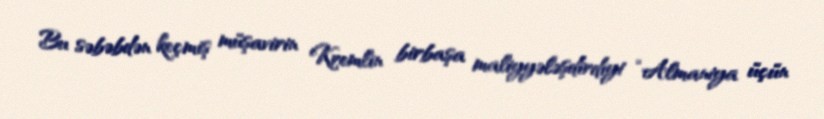
Bu səbəbdən keçmiş müşavirin Kremlin birbaşa maliyyələşdirdiyi “Almaniya üçün